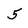
Character: 5